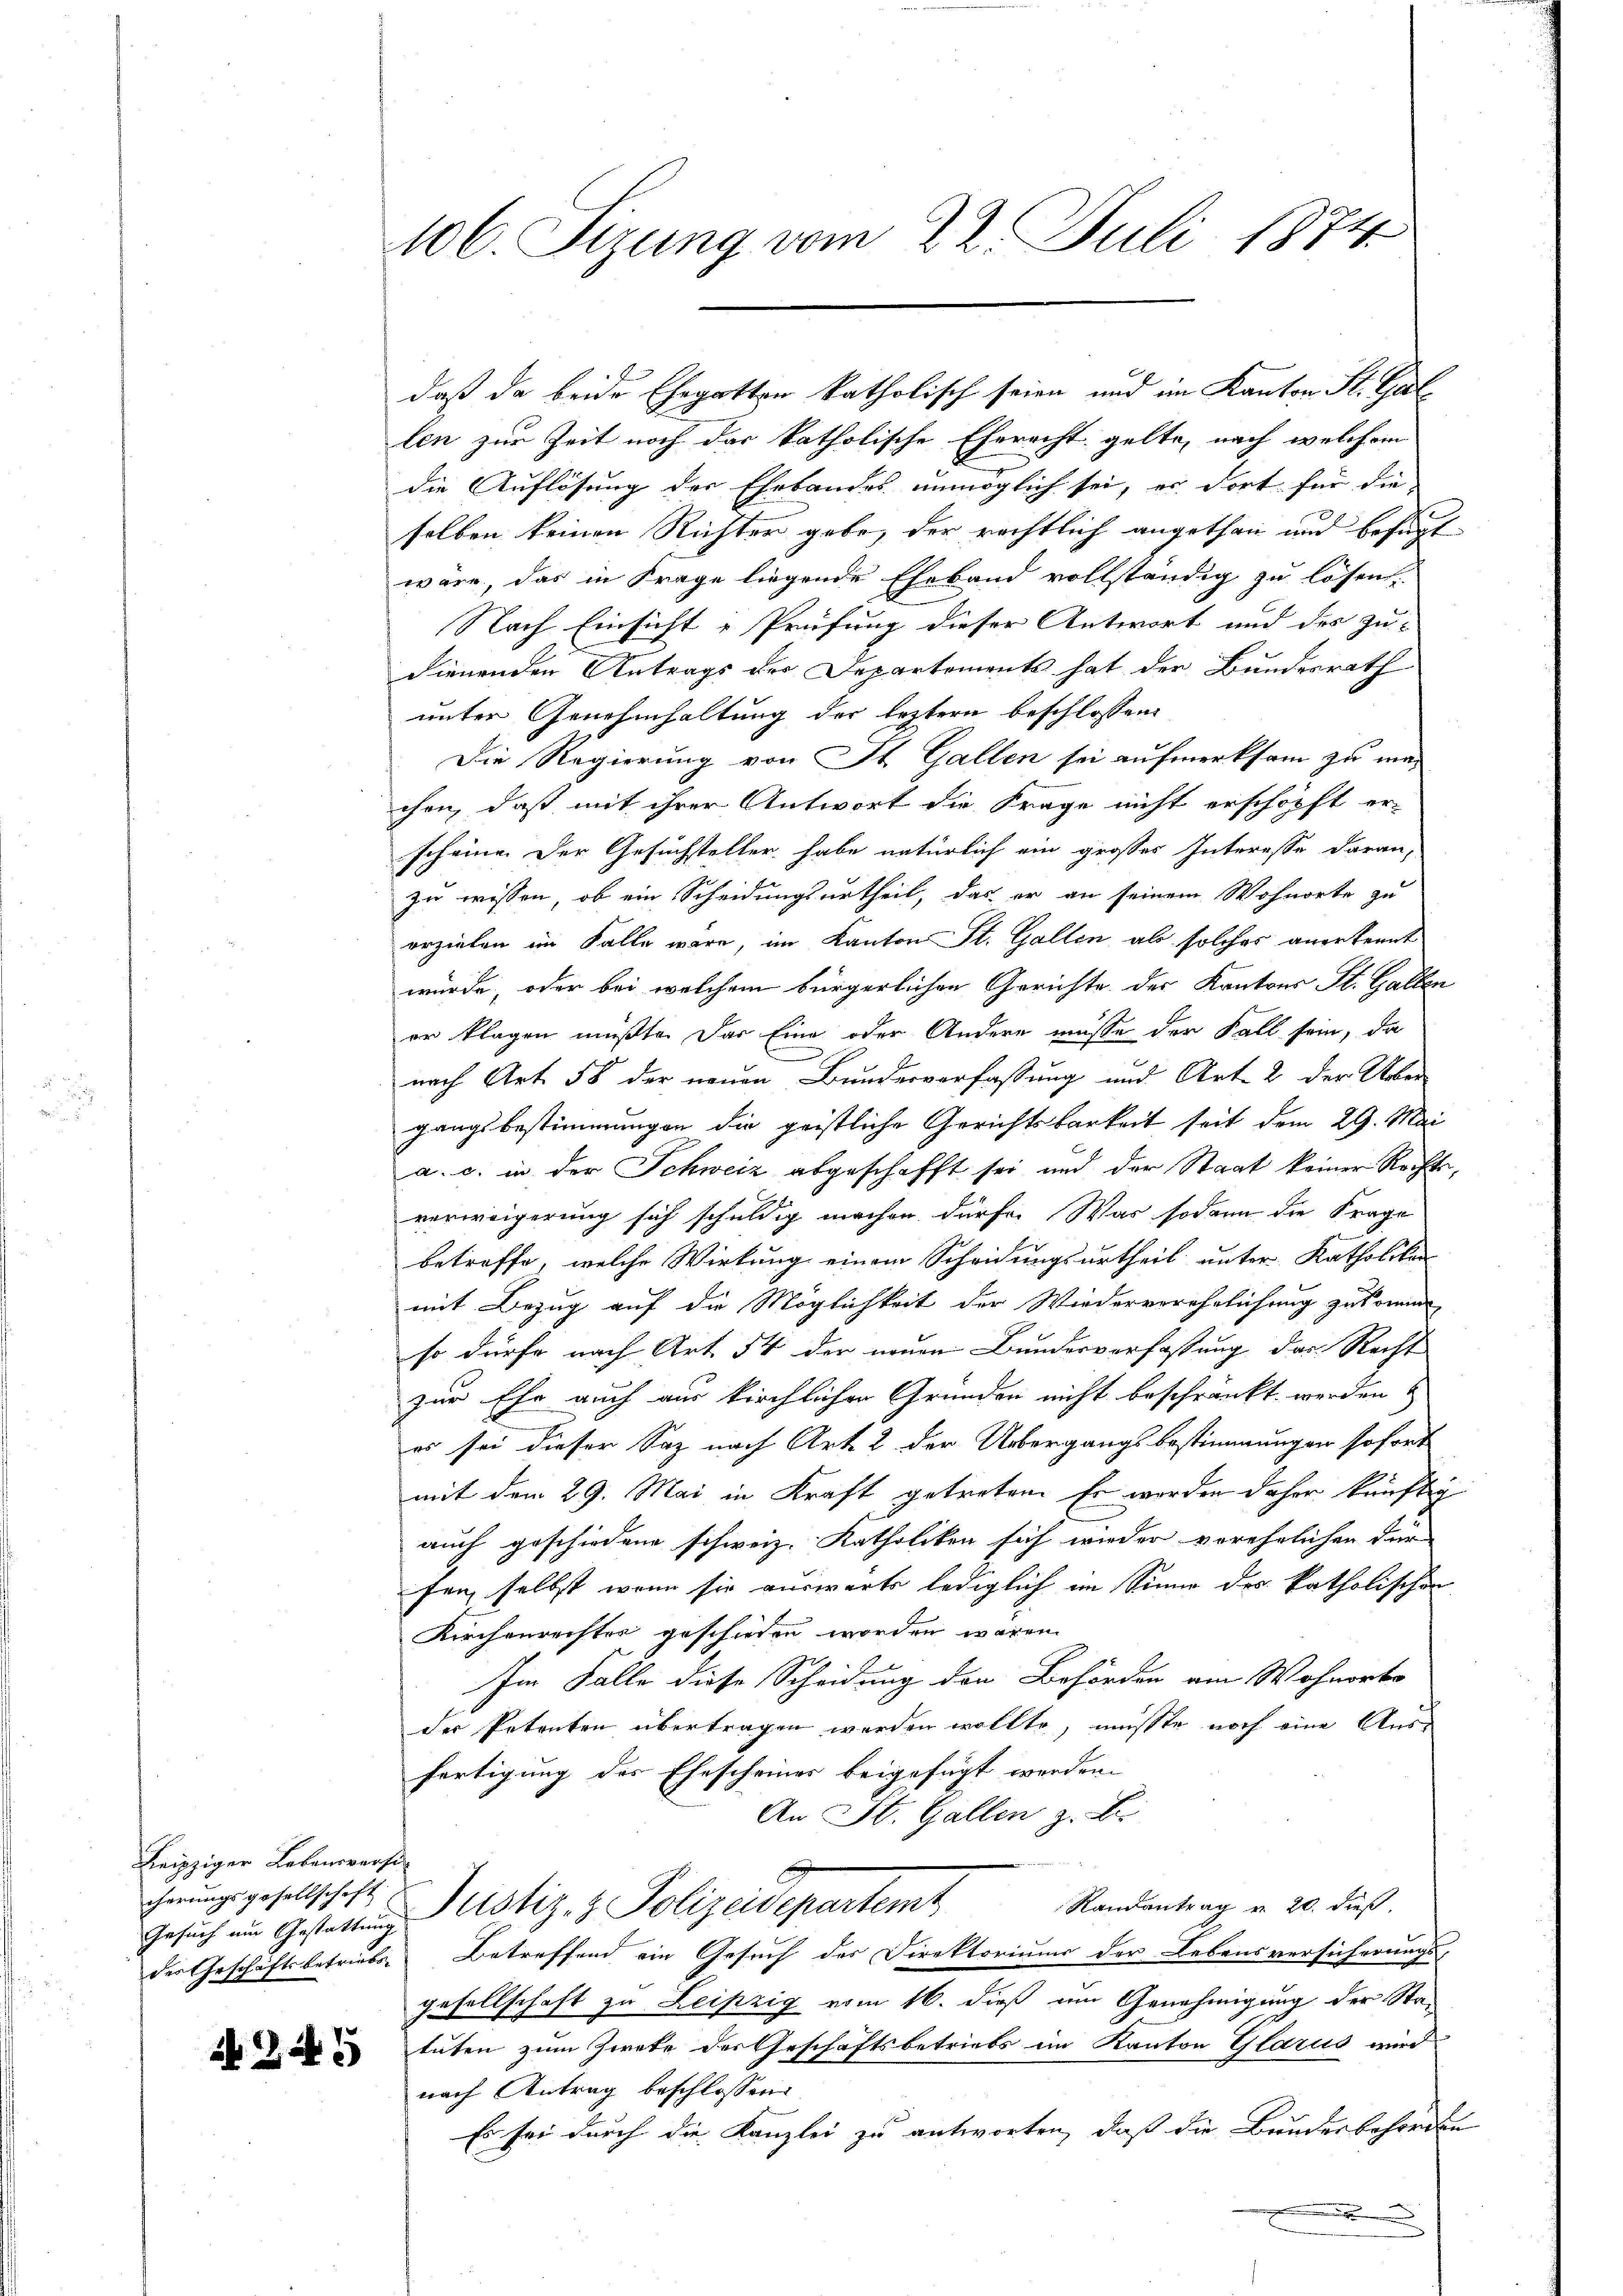
Leipziger Lebensversi
Gesuch um Gestattung

106. Sizung vom 22. Juli 1874

daß da beide Ehegatten katholisch seien und im Kanton St. Gal
len zur Zeit noch das katholische Eherecht gelte, nach welchem
die Auflösung der Ehebandes unmöglich sei, er dort für die
selben keinen Richter gebe, der rechtlich angethan und befugt
wäre, das in Frage liegende Eheband vollständig zu lösen.
Nach Einsicht & Prüfung dieser Antwort und des zu-
dienenden Antrags der Departements hat der Bundesrath
unter Genehmhaltung der leztern beschlossen:
Die Regierung von St. Gallen sei aufmerksam zu machen, daß mit ihrer Antwort die Frage nicht erschöpft er-
scheine der Gesuchsteller habe natürlich ein grosses Interesse daran,
zu wissen, ob ein Scheidungsurtheil, das er an seinem Wohnorte zu
erzielen im Falle wäre, im Kanton St. Gallen ab solches anerkennt
würde, oder bei welchem bürgerlichen Gerichte der Kantons St. Gallen
er klagen müßte. Das Eine oder Andere müsse der Fall sein, da
nach Art. 58 der neuen Bundesverfassung und Art. 2 der Ueber
gangsbestimmungen die geistliche Gerichtsbarkeit seit dem 29. Mai
a. c. in der Schweiz abgeschafft sei und der Staat keiner Rechtsverweigerung sich schuldig machen dürfe. Was sodann die Frage
betreffe, welche Wirkung einem Scheidungsurtheil unter Katholiken
mit Bezug auf die Möglichkeit der Wiederverehelichung zukomm
so dürfe nach Art. 54 der neuen Bundesverfassung des Recht
zur Ehe auch aus kirchlichen Gründen nicht beschränkt werden u
es sei dieser Saz nach Art. 2 der Uebergangsbestimmungen sofort
mit dem 29. Mai in Kraft getreten. Er werden daher künftig
auch geschiedene schweiz. Katholiken sich wieder verehelichen dür
fen, selbst, wenn sie auswärts lediglich im Sinne des katholischen
Kirchenreister geschieden worden waren
Im Falle diese Scheidung der Behörden am Wohnorte
der Petenten übertragen werden wollte, müsste noch eine Ausfertigung des Ehescheines beigefügt werden.
An St. Gallen z. B.
chnŭngsgesellschaft u. Justiz- & Polizeidepartemt
Randantrag v. 20. dieß.
der Geschäftsbetriebs Betreffend ein Gesuch der Direktoriums der Lebensversicherungsgesellschaft zu Leipzig vom 16. dieß um Genehmigung der Sta¬
 tuten zum Zweke der Geschäftsbetriebs im Kanton Glarus wird
nach Antrag beschlossen:
Es sei durch die Kanzlei zu antworten, daß die Bundesbehörden
e